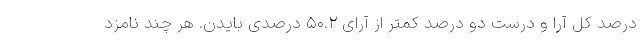
درصد کل آرا و درست دو درصد کمتر از آرای ۵۰.۲ درصدی بایدن. هر چند نامزد